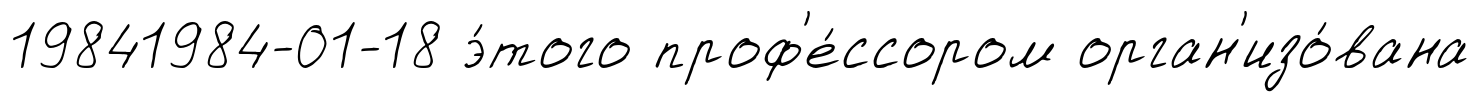
19841984-01-18 э́того проф'е́ссором орган'изо́вана